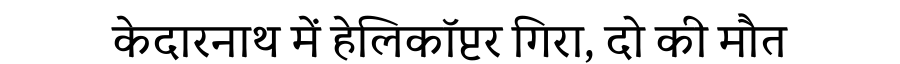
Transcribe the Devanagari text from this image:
केदारनाथ में हेलिकॉप्टर गिरा, दो की मौत